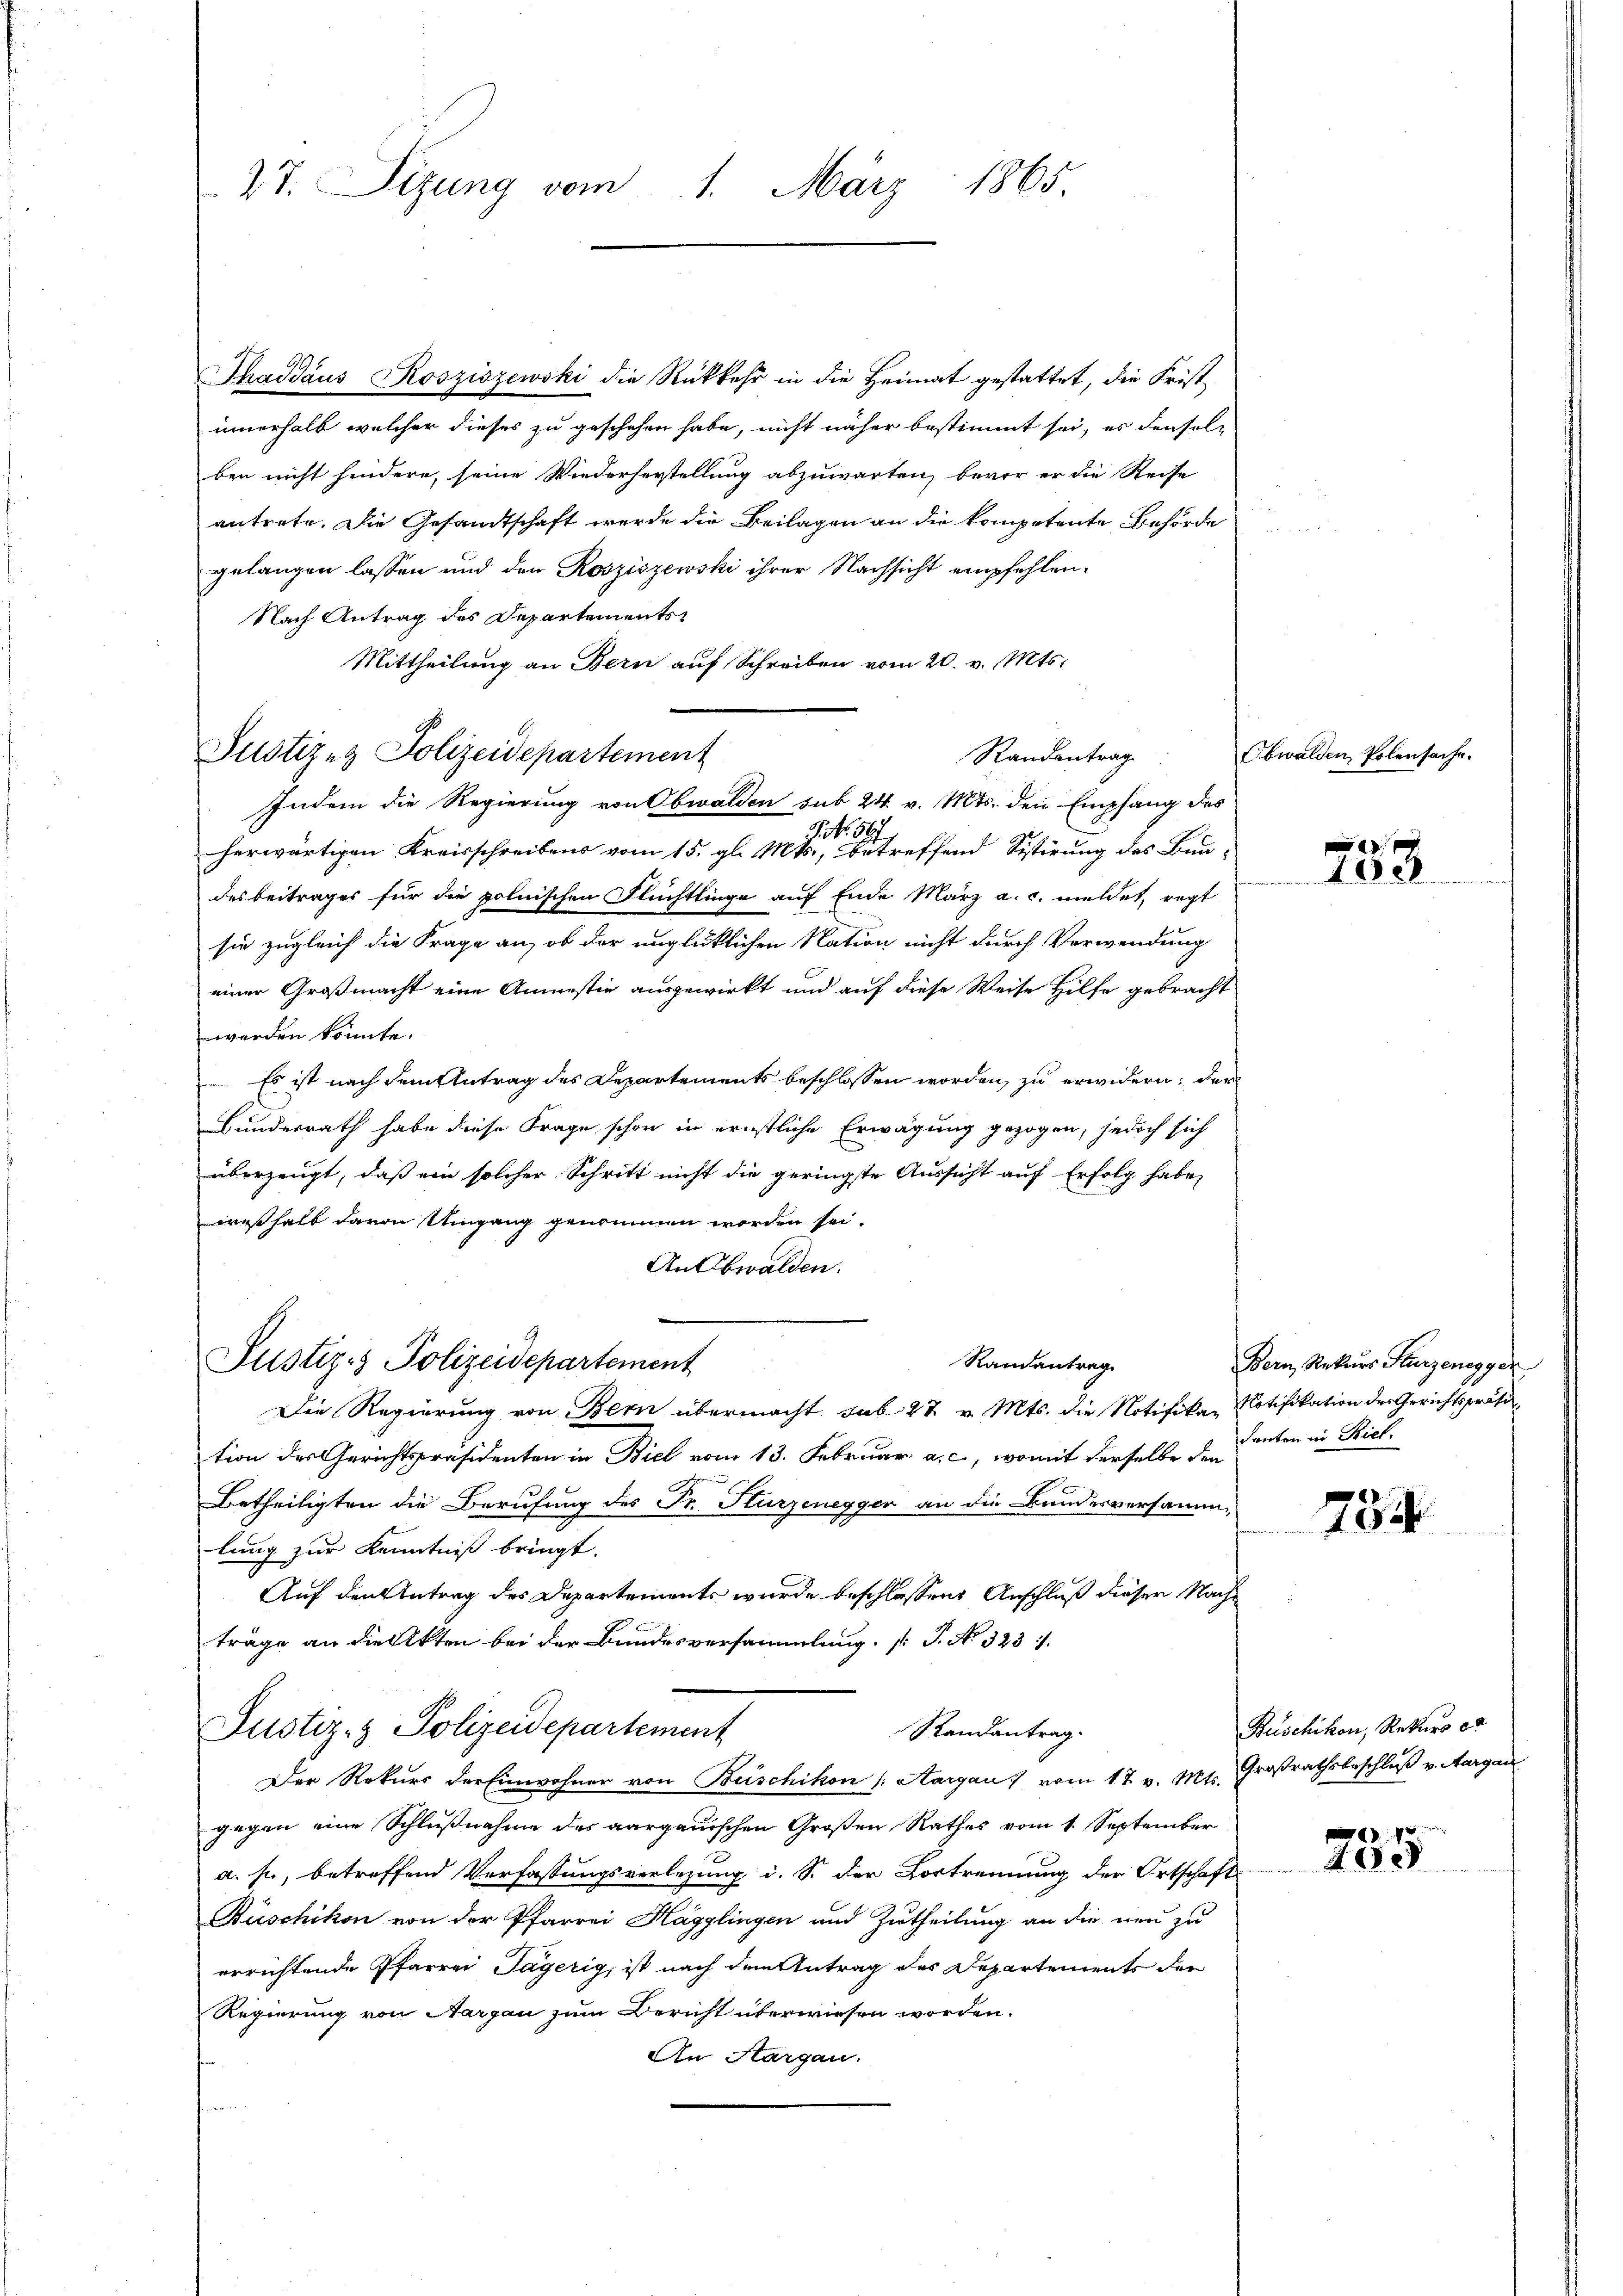
27. Sizung vom 1. März 1865.

Thaddaus Kosziszewski die Rückkehr in die Heimat gestattet, die Frist
innerhalb welcher dieses zu geschehen habe, nicht näher bestimmt sei, es denselben nicht hindere, seine Wiederherstellung abzuwarten, bevor er die Reise
antrete. Die Gesandtschaft werde die Beilagen an die kompetente Behörde
gelangen lassen und den Rosziszewski ihrer Nachsicht empfehlen¬
Nach Antrag des Departements
Mittheilung an Bern auf Schreiben vom 20. v. Mts.
P.Nr. 567
herwärtigen Kreisschreibens vom 15. gl. Mts., betreffend Sistirung des Bau-
desbeitrages für die polnischen Flüchtlinge auf Ende März a. c. meldet, regt
sie zugleich die Frage an, ob der unglüklichen Nation nicht durch Verwendung
einer Großmacht eine Anmestie ausgewirkt und auf diese Weise Hilfe gebracht
werden könnte.
 Es ist nach dem Antrag des Departements beschlossen worden, zu erwidern; der
Bunderrath habe diese Frage schon in ernstliche Erwägung gezogen, jedoch sich
überzeugt, daß ein solcher Schritt nicht die geringste Aussicht auf Erfolg habe,
weshalb davon Umgang genommen worden sei.
An Obwalden.
Randantrag
Justiz- & Polizeidepartement
Die Regierung von Bern übermacht. sub 22 v. Mts. die Notifika, Notifikation der Gerichtspräsi
tion des Gerichtspräsidenten in Biel vom 13. Februar a. c., womit derselbe den
Betheiligten die Berufung des Fr. Sturzenegger an die Bundesversammlung zur Kenntniß bringt.
Auf den Antrag des Departements wurde beschlossene Anschluß dieser Nachträge an die Akten bei der Bundesversammlung (: P. Nr. 323
Justiz- & Polizeidepartement
Randantrag.
Der Rekurs der Einwohner von Beischikon (Aargau vom 17. v. Mts. Großrathsbeschluß v. Margau
gegen eine Schlußnahme des aargauischen Großen Rathes vom 1. September
a. sie, betreffend Verfassungsverlegung i. S. der Vortrennung der Ortschaft
Buschikon von der Pfarrei Hagglingen und Zutheilung an die neu zu
errichtende Pfarrer Tägerig, ist nach dem Antrag des Departements der
Regierung von Aargau zum Bericht überwiesen worden.
An Aargau.

Justizen Polizeidepartement

Randantrag
Indem die Regierung von Obwalden sub 24. v. Mts. den Empfang des

Obwalden Polensache.

753

Bern Rekurs Sturzenegger
Kanton in Riel.

734

Buschikon, Rekurs et

1
20